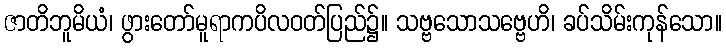
ဇာတိဘူမိယံ၊ ဖွားတော်မူရာကပိလဝတ်ပြည်၌။ သဗ္ဗသောသဗ္ဗေဟိ၊ ခပ်သိမ်းကုန်သော။